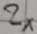
Text: 2x